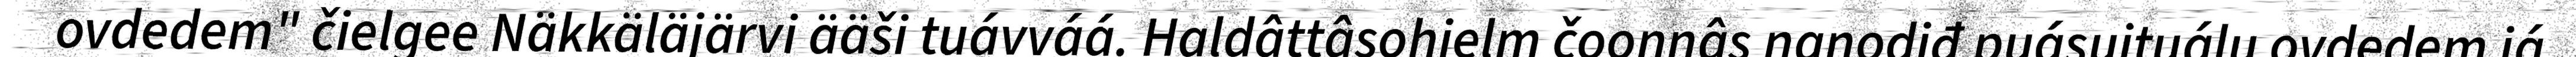
ovdedem" čielgee Näkkäläjärvi ääši tuávváá. Haldâttâsohjelm čoonnâs nanodiđ puásuituálu ovdedem já